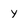
Character: y